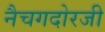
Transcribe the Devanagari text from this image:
नैचगदोरजी